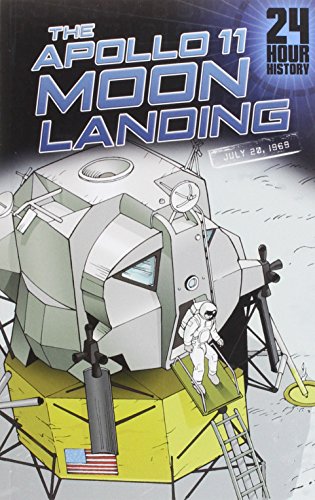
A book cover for The Apollo 11 Moon Landing: July 20, 1969 (24-Hour History); Nel Yomtov; Children's Books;